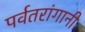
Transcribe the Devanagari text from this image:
पर्वतरांगानी